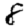
Digit: 8